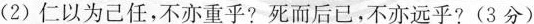
(2) 仁以为己任，不亦重乎?死而后已，不亦远乎?(3分)